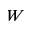
W